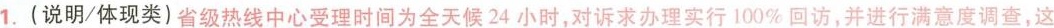
1.(说明/体现类)省级热线中心受理时间为全天候24小时，对诉求办理实行100\%回访，并进行满意度调查，这